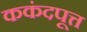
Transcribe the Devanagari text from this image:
ककंदपूत्त